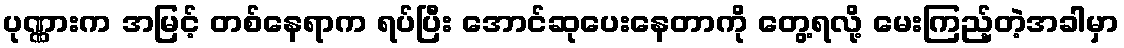
ပုဏ္ဏားက အမြင့် တစ်နေရာက ရပ်ပြီး အောင်ဆုပေးနေတာကို တွေ့ရလို့ မေးကြည့်တဲ့အခါမှာ